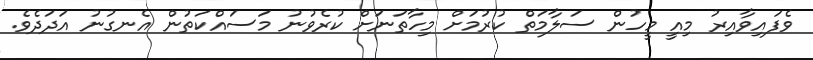
ވެފައިވާއިރު މިއީ މީހުން ސަލާމަތް ކުރުމަށް މިހާތަނަށް ކުރެވުނު މަސައްކަތުން އެނގުނު އަދަދެވެ.